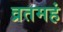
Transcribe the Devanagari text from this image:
व्रतमहं